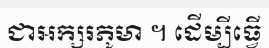
ជាអក្សរភូមា ។ ដើម្បីធ្វើ